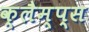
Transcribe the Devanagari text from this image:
क्लैम्प्स